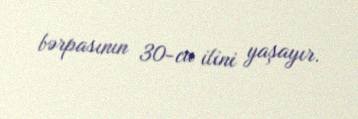
bərpasının 30-cu ilini yaşayır.